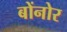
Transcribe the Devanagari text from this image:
बोंनोर